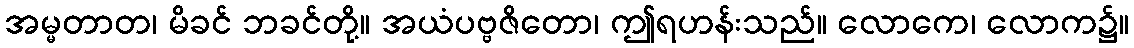
အမ္မတာတ၊ မိခင် ဘခင်တို့။ အယံပဗ္ဗဇိတော၊ ဤရဟန်းသည်။ လောကေ၊ လောက၌။